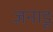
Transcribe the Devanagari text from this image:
ज़नाडू